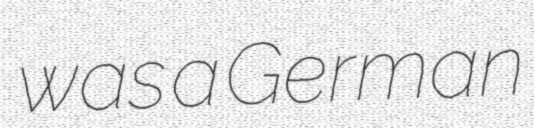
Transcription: was a German